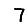
Digit: 7